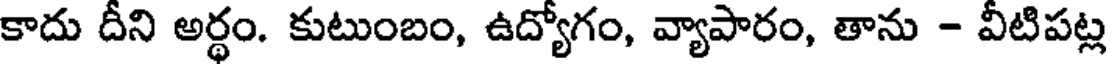
కాదు దీని అర్థం. కుటుంబం, ఉద్యోగం, వ్యాపారం, తాను - వీటిపట్ల